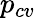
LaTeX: p_{cv}